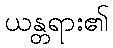
ယန္တရား၏